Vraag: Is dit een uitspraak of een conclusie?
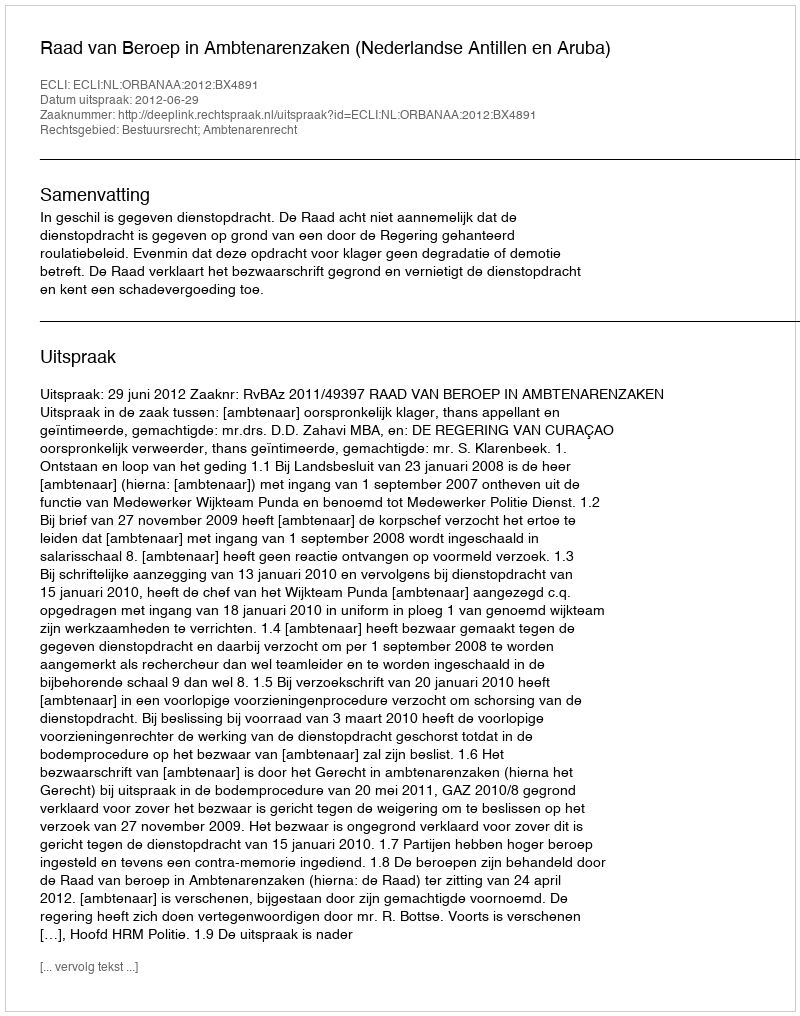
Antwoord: Uitspraak